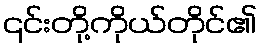
၎င်းတို့ကိုယ်တိုင်၏